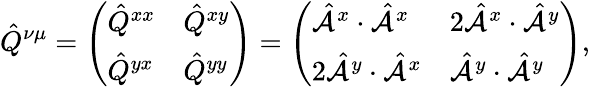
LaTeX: \hat{Q}^{\nu\mu}=\left(\begin{array}{ll}{\hat{Q}^{xx}}&{\hat{Q}^{xy}}\\ {\hat{Q}^{yx}}&{\hat{Q}^{yy}}\end{array}\right)=\left(\begin{array}{ll}{\hat{\mathcal{A}}^{x}\cdot\hat{\mathcal{A}}^{x}}&{2\hat{\mathcal{A}}^{x}\cdot\hat{\mathcal{A}}^{y}}\\ {2\hat{\mathcal{A}}^{y}\cdot\hat{\mathcal{A}}^{x}}&{\hat{\mathcal{A}}^{y}\cdot\hat{\mathcal{A}}^{y}}\end{array}\right)\mathrm{,}